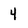
Character: 4